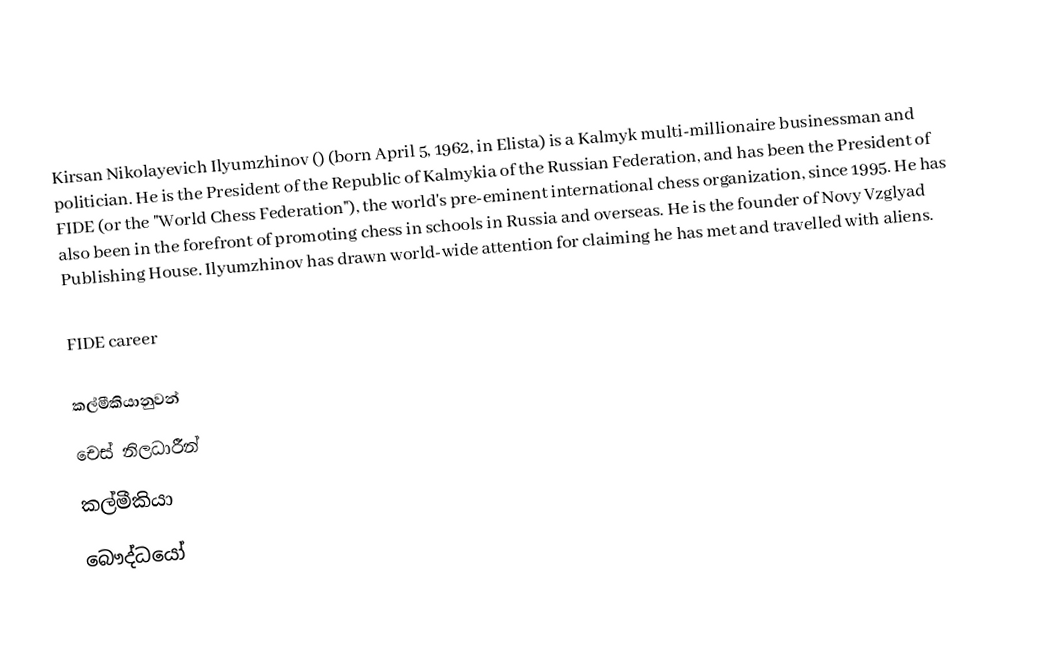
Kirsan Nikolayevich Ilyumzhinov () (born April 5, 1962, in Elista) is a Kalmyk multi-millionaire businessman and politician. He is the President of the Republic of Kalmykia of the Russian Federation, and has been the President of FIDE (or the "World Chess Federation"), the world's pre-eminent international chess organization, since 1995. He has also been in the forefront of promoting chess in schools in Russia and overseas. He is the founder of Novy Vzglyad Publishing House. Ilyumzhinov has drawn world-wide attention for claiming he has met and travelled with aliens.

FIDE career

කල්මීකියානුවන්
චෙස් නිලධාරීන්
කල්මීකියා
බෞද්ධයෝ